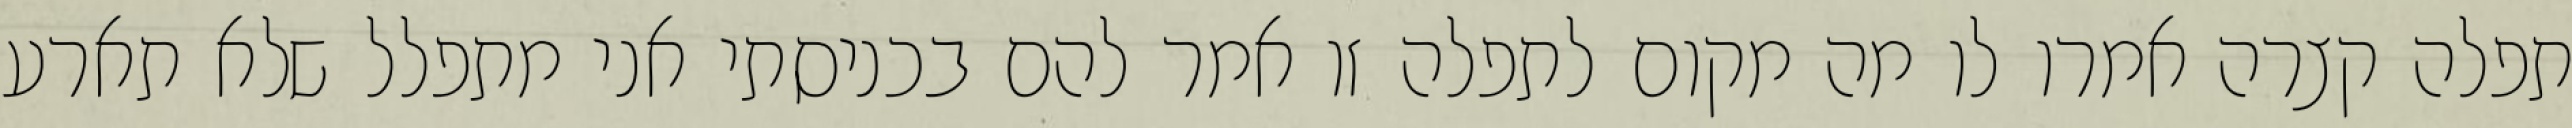
תפלה קצרה אמרו לו מה מקום לתפלה זו אמר להם בכניסתי אני מתפלל שלא תארע